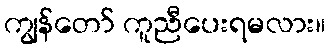
ကျွန်တော် ကူညီပေးရမလား။